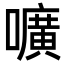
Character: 嚝